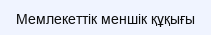
Мемлекеттік меншік құқығы